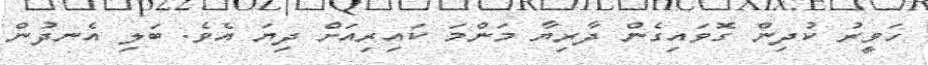
ހަވީރު ކުދިން ގޮވައިގެން ދާރިޔާ މަންމަ ކައިރިއަށް ދިޔަ އެވެ. ބަލި އެނދުން